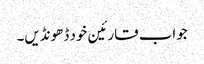
جواب قارئین خود ڈھونڈیں۔